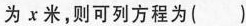
为x米，则可列方程为( )